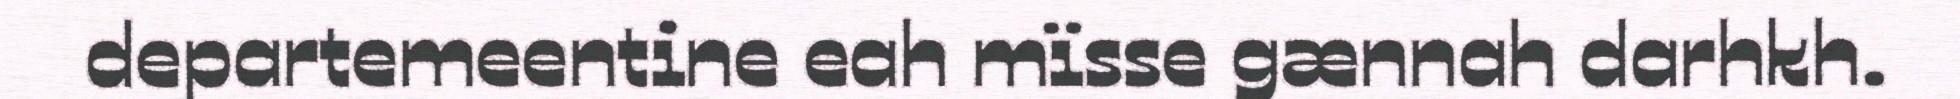
departemeentine eah mïsse gænnah darhkh.